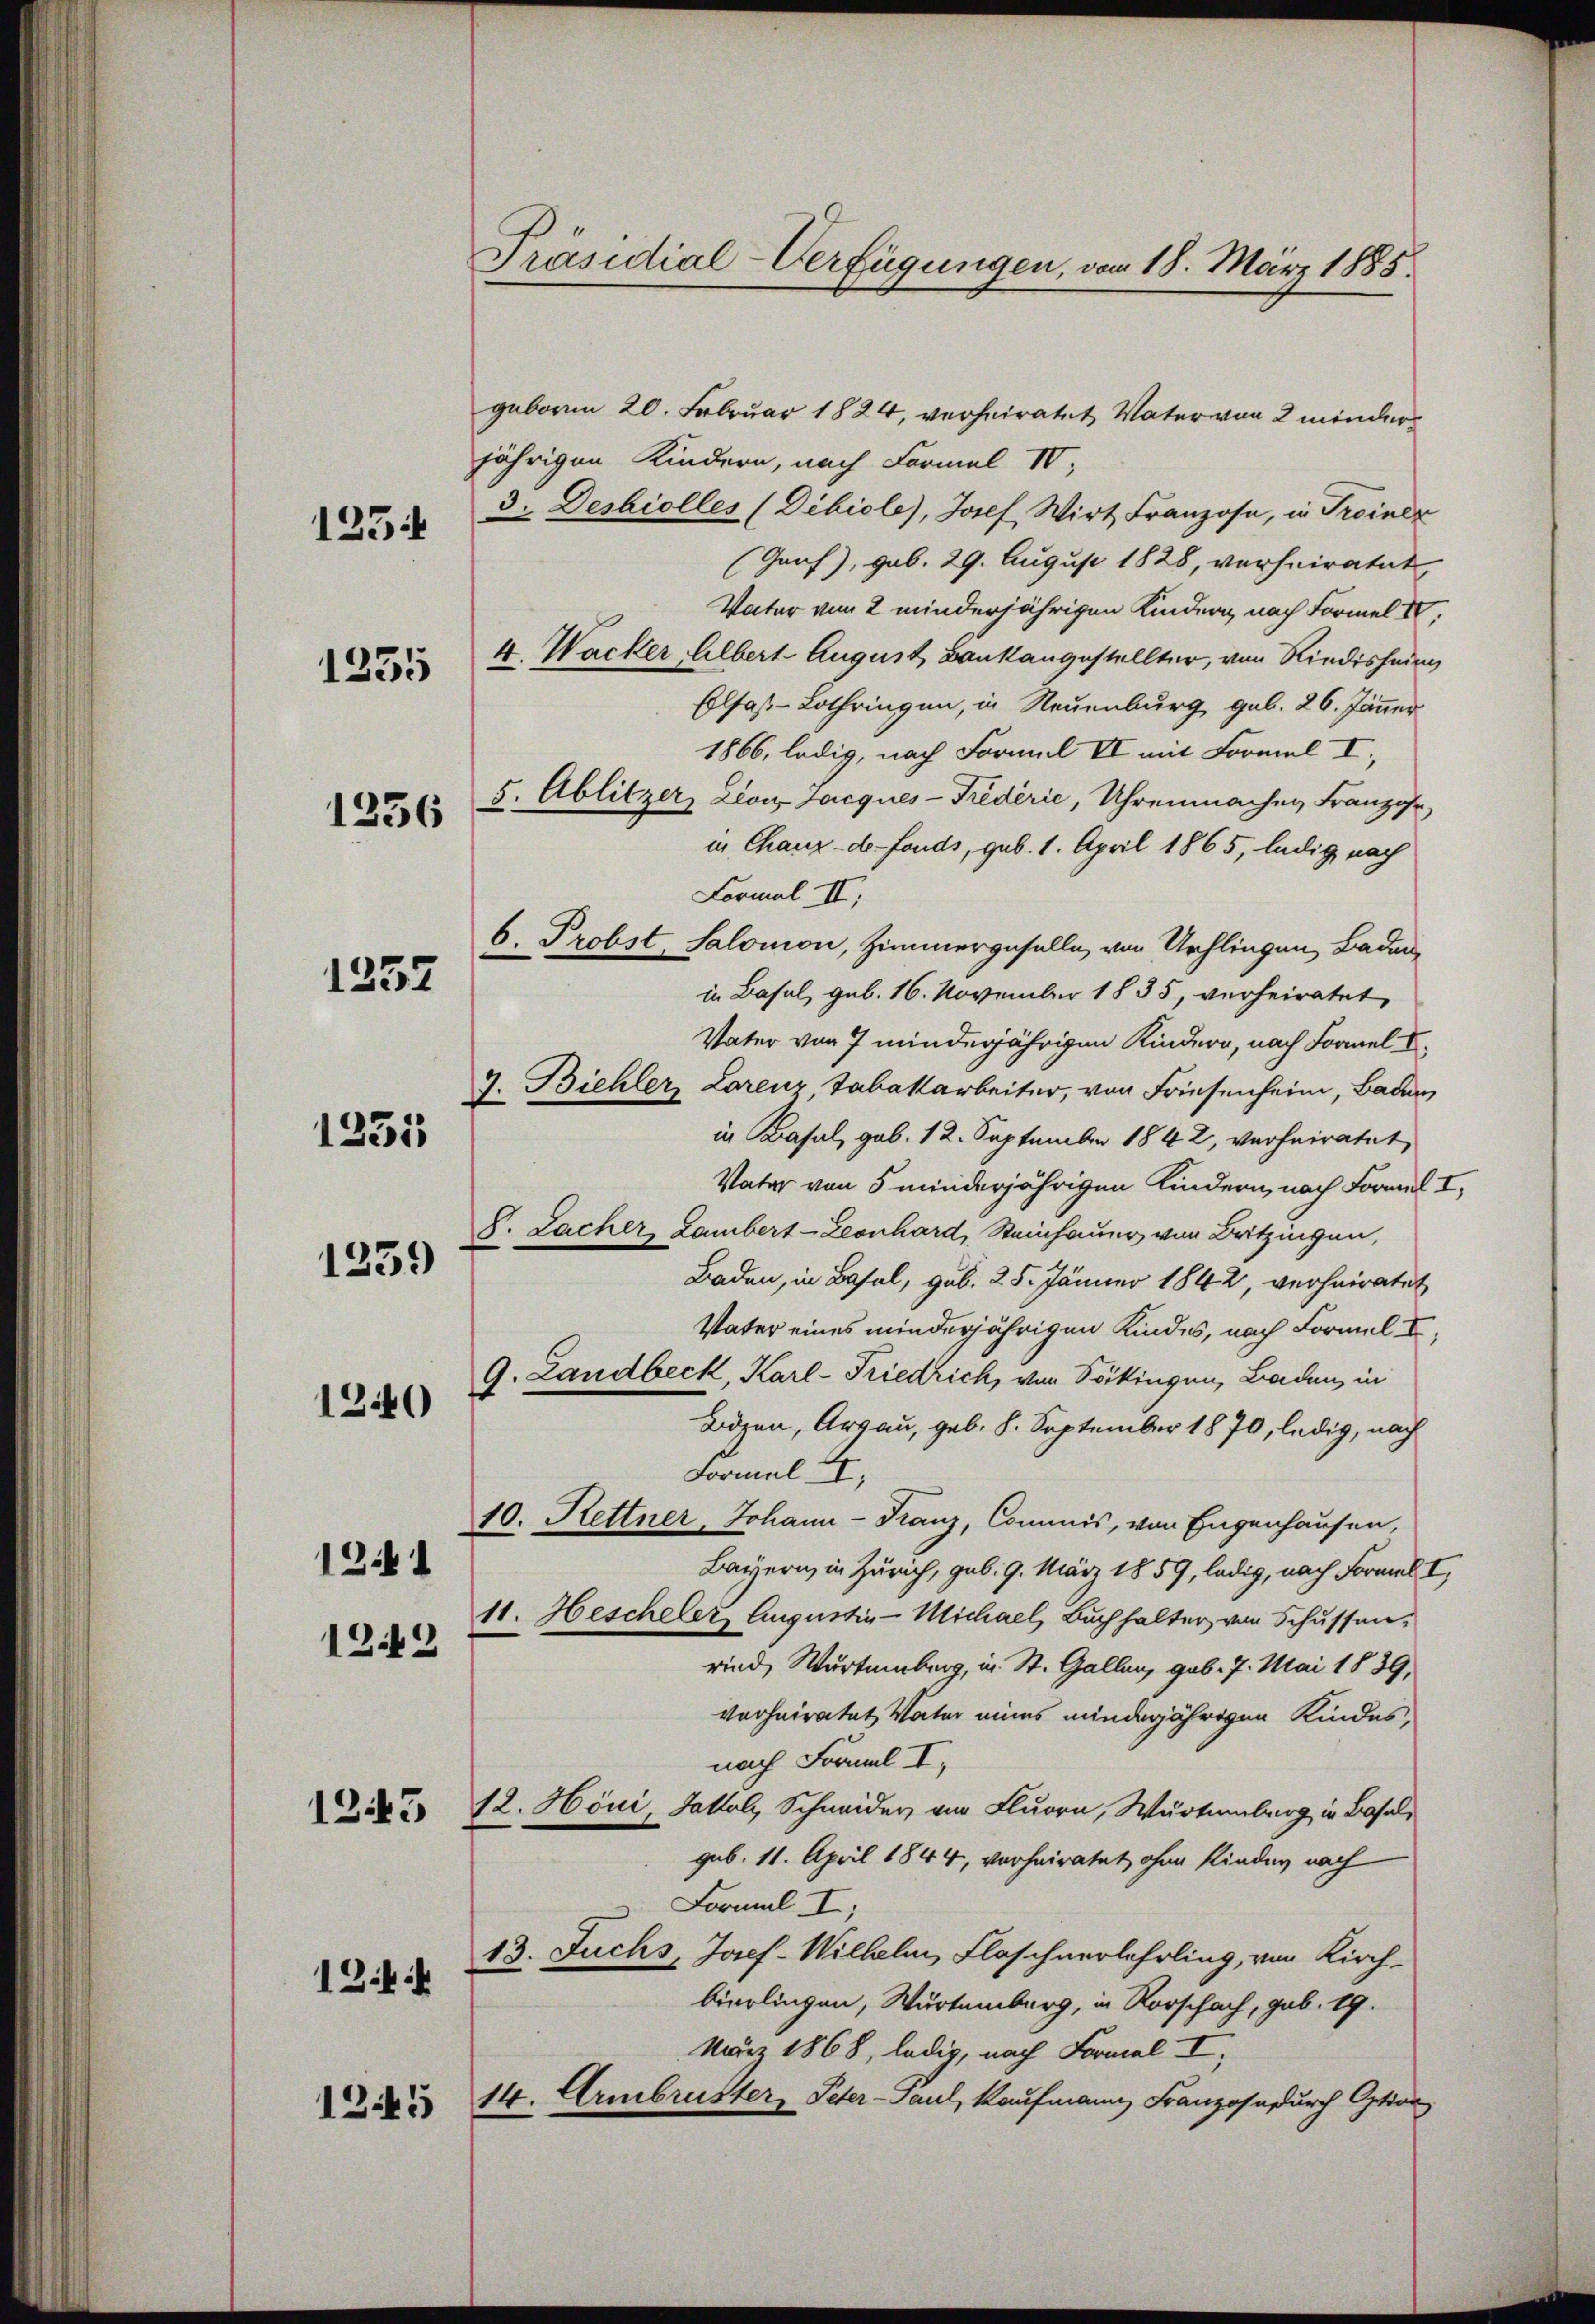
123.

1255

1256

1252

1246)
121
1242

1255

1259

1243

1244

1245

Präsidial-Verfügungen, vom 18. März 1885.

geboren 20. Februar 1824, verheiratet Vater von 2 minderjährigen Kindern, nach Formal 10,
3. Deshiolles (Dibiole), Josef Wirt Franzose, in Troiner
(Gauf), geb. 29. August 1828, verheiratet,
Vater von 2 minderjährigen Kindern, nach Formel IV.
4. Wacker, Albert August, Bankangestellter, von Riedishning
Elsaß-Lothringen, in Neuenburg geb. 26. Jänner
1866, ledig, nach Formel II mit Formel I
5. Ablitzer, Don Jacques-Trédérić, Uhrenmachen Franzose,
in Chanz-de-Fonds, geb. 1. April 1865, ledig nach
Formal II,
6. Probst, Salomon, Zimmergeselle, von Urchlingen, Baden,
in Basel, geb. 16. November 1835, verheiratet,
Vater von 7 minderjährigen Kindern, nach Formel I
7. Bichler, Lorenz Tabakarbeiter, von Friesenheim, Baden
in Basel, geb. 12. September 1842, verheiratet,
Vater von 5 minderjährigen Kindern, nach Formel I,
S. Lacher Lambert-Zeonhard, Steinhauer von Britzingen,
Baden, in Basel, sub. 25. Jänner 1842, verheiratet
Vater eines minderjährigen Kindes, nach Formel I
9. Landbeck, Karl-Friedrich, von Söckingen, Baden, in
Bören, Argau, geb. 8. September 1870, ledig, nach
Formal 4,
10. Kettner, Johann - Franz, Commis, von Engenhausen,
Bayern, in Zürich, geb. 9. März 1859, ledig, nach Formel I,
11. Hescheler Augustiz-Michael, Buchhalter von Schussen.
rind, Wartenberg, in St. Gallen, geb. 7. Mai 1839,
verheiratet, Vater eines minderjährigen Kindes,
nach Franal I.
12. Höni, Jakob Schneider, von Fluorn, Würtemberg in Basel,
gub. 11. April 1844, verheiratet, ohne Kinden nach
Formal I;
13. Fuchs, Josef-Wilhelm, Flaschnerlehrling, von Kirch-
bierlingen, Wartemberg, in Rorschach, geb. 19.
März 1868, ledig, nach Formal I
14. Armbruster, Peter - Paul, Kaufmann Franzosadurch Option